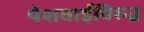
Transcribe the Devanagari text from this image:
पेशवाईविरुद्ध